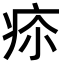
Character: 𤵲